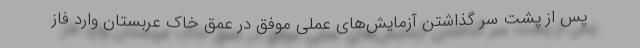
پس از پشت سر گذاشتن آزمایش‌های عملی موفق در عمق خاک عربستان وارد فاز